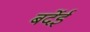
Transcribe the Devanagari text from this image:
बर्देई